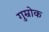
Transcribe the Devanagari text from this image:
गुम्रोक